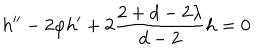
h ^ { \prime \prime } - 2 \varphi h ^ { \prime } + 2 \frac { 2 + d - 2 \lambda } { d - 2 } h = 0